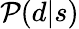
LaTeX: {\mathcal{P}}(d|s)